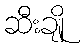
ဆီးချို